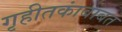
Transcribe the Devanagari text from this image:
गृहीतकांबाबत